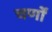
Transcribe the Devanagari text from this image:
चर्णों